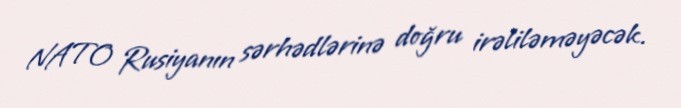
NATO Rusiyanın sərhədlərinə doğru irəliləməyəcək.